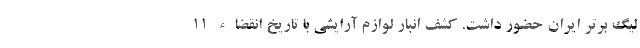
لیگ برتر ایران حضور داشت. کشف انبار لوازم آرایشی با تاریخ انقضاء ۱۱